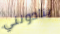
ينادونني